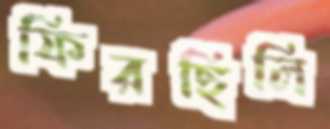
ফিরছিলি